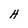
Character: H